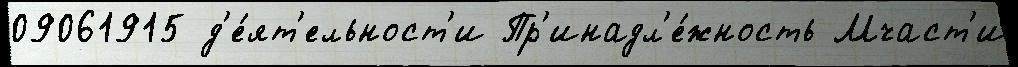
09061915 д'е́ят'ельност'и Пр'инадл'е́жность Мчаст'и